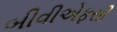
બીવીએફસી